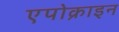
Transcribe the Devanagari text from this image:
एपोक्राइन